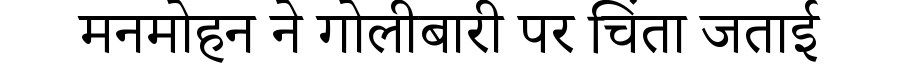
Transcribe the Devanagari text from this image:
मनमोहन ने गोलीबारी पर चिंता जताई